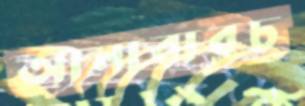
আনাবারচ